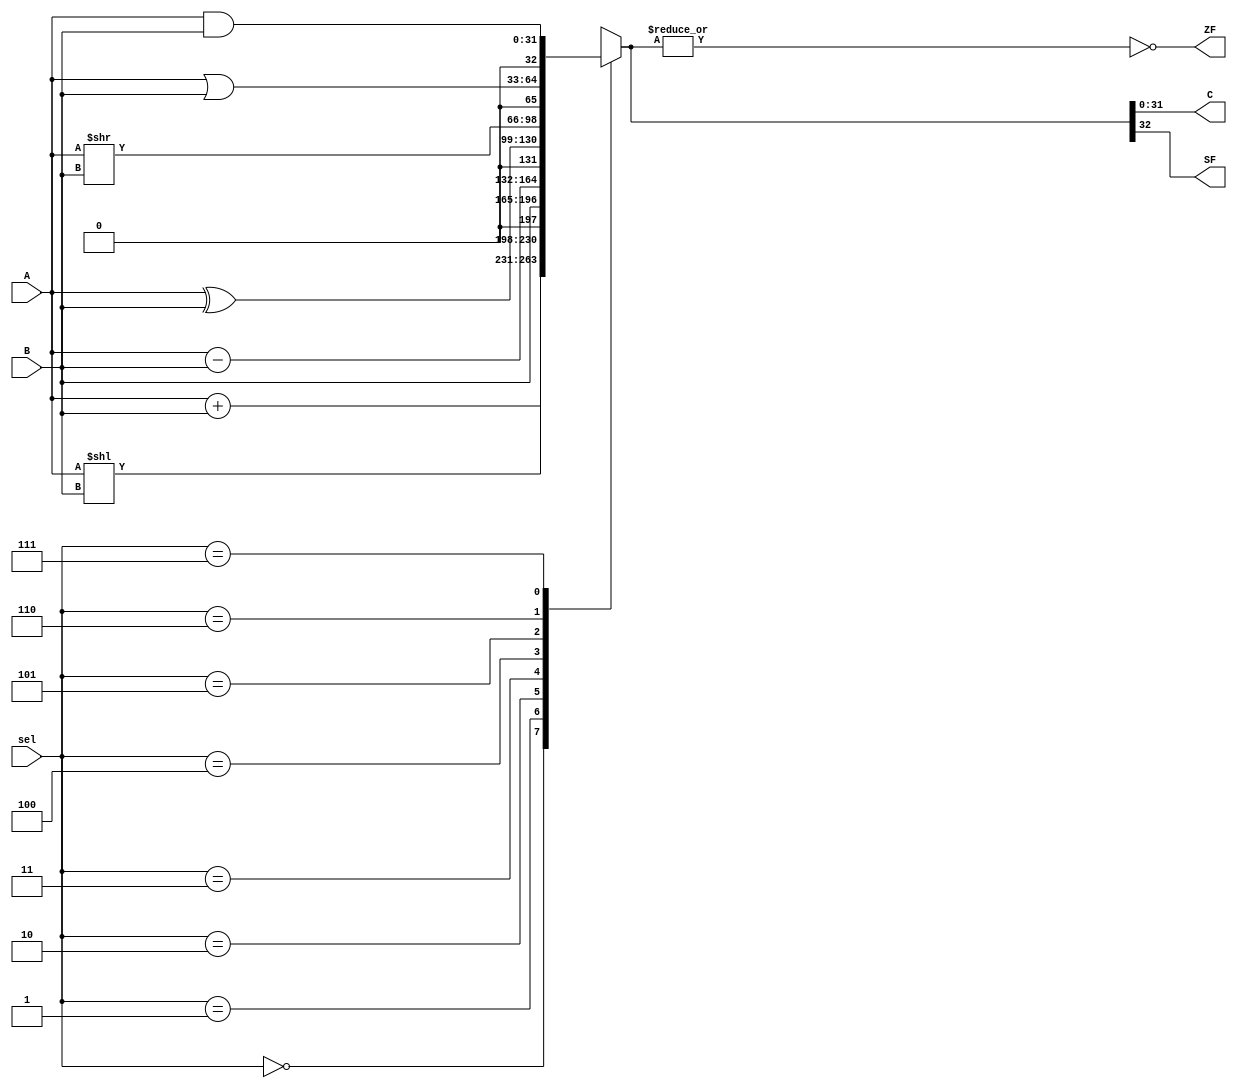
module ALU(
  input [31:0] A,B,
  input [2:0] sel,
  output [31:0] C,
  output ZF,SF
);
reg [32:0] R;
always@(*)
begin
  case(sel)
   3'b000 : R = A + B ;
   3'b001 : R = A<<B ;
   3'b010 : R = B ;
   3'b011 : R = A - B ;
   3'b100 : R = A ^ B ;
   3'b101 : R = A>>B ;
   3'b110 : R = A | B ;
   3'b111 : R = A & B ;
   default : R = 32'b0 ;
  endcase  
end
assign C = R[31:0] ;
assign ZF = ~(|R);
assign SF =  R[32];

endmodule